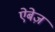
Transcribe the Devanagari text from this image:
ऐबेज़